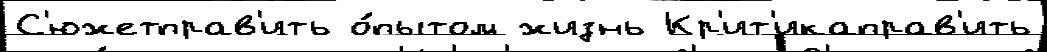
С'южетправ'ить о́пытом жизнь Кр'ит'икаправ'ить